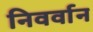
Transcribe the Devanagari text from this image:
निवर्वान